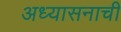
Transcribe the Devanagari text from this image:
अध्यासनाची